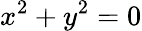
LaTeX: x^{2}+y^{2}=0